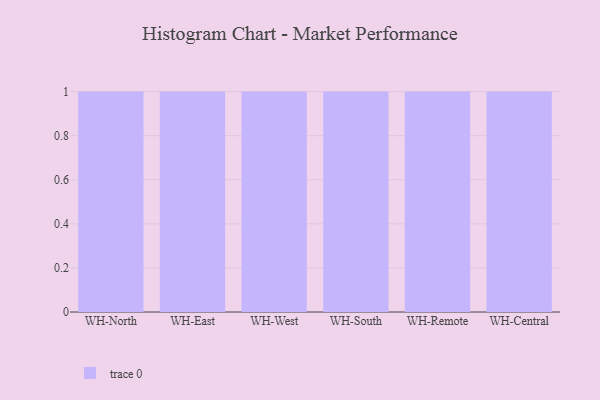
{"axis": {"x": "Warehouse", "y": "Energy Usage (MWh)"}, "legend": [""], "data": [{"x": "WH-North", "y": 48, "type": ""}, {"x": "WH-East", "y": 88, "type": ""}, {"x": "WH-West", "y": 45, "type": ""}, {"x": "WH-South", "y": 95, "type": ""}, {"x": "WH-Remote", "y": 98, "type": ""}, {"x": "WH-Central", "y": 24, "type": ""}]}